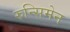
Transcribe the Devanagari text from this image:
रुन्सिमेन